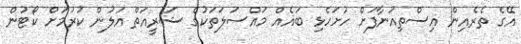
އޭގެ ތެރެއިން އިސްތިއުނާފަށް ހުށަހެޅި ބައެއް މައްސަލަތަކުގެ ޝަރީއަތް އަލުން ކުރުމަށް ކޯޓުން